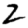
Digit: 2